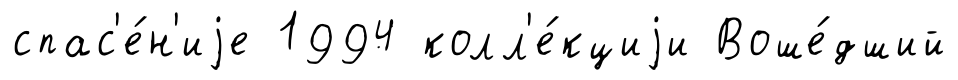
спас'е́н'иjе 1994 колл'е́кциjи Воше́дший